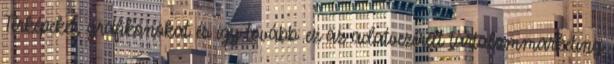
Térképeket, grafikonokat és így tovább: ez az adatvezérelt tartalommarketing